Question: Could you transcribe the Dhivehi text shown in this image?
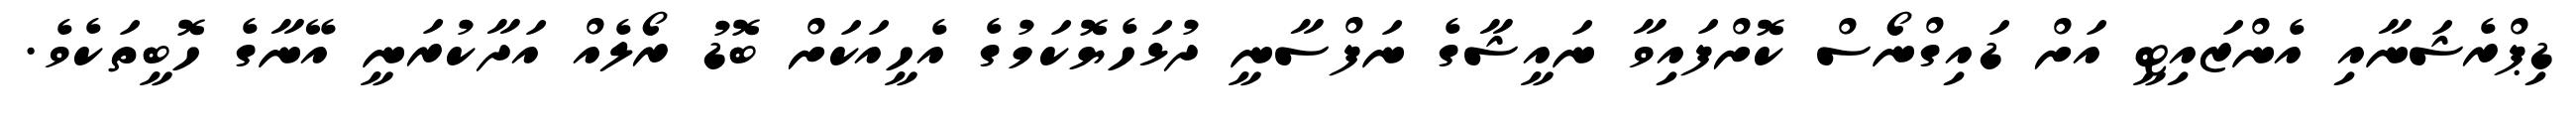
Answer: ޑިޕްރެޝަނާއި އެންޒައިޓީ އަށް ޑައިގްނޯސް ކޮށްފައިވާ ނައީޝާގެ ނަފްސާނީ ދުޅަހެޔޮކަމުގެ އެހީއަކަށް ބޮޑު ރޯލެއް އަދާކުރަނީ އޭނާގެ ހޮބީތަކެވެ.